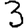
Digit: 3